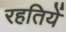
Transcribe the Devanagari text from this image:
रहतियें